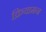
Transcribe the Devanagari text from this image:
क्रियामन